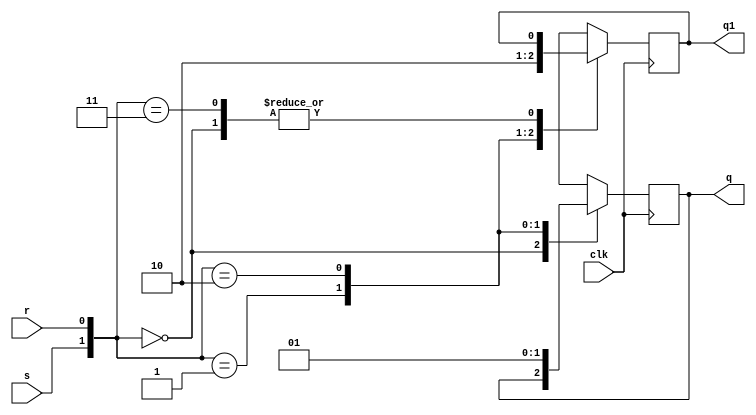
module S3L1(r,s,clk,q,q1);
    
input r,s,clk;
output reg q,q1;

initial 
begin
q=1'b0; 
q1=1'b1; 
end
	 
always @(posedge clk)
begin
case({s,r})
    {1'b0,1'b0}: begin q=q; q1=q1; end
    {1'b0,1'b1}: begin q=1'b0; q1=1'b1; end
    {1'b1,1'b0}: begin q=1'b1; q1=1'b0; end
    {1'b1,1'b1}: begin q=1'bx; q=1'bx; end
endcase
end
endmodule